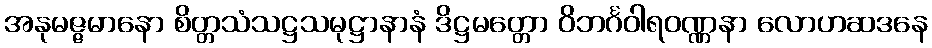
အနုမဇ္ဇမာနော စိတ္တသံသဋ္ဌသမုဋ္ဌာနာနံ ဒိဋ္ဌမတ္တော ဝိဘင်္ဂဝါရဝဏ္ဏနာ လောဟဆဒနေ